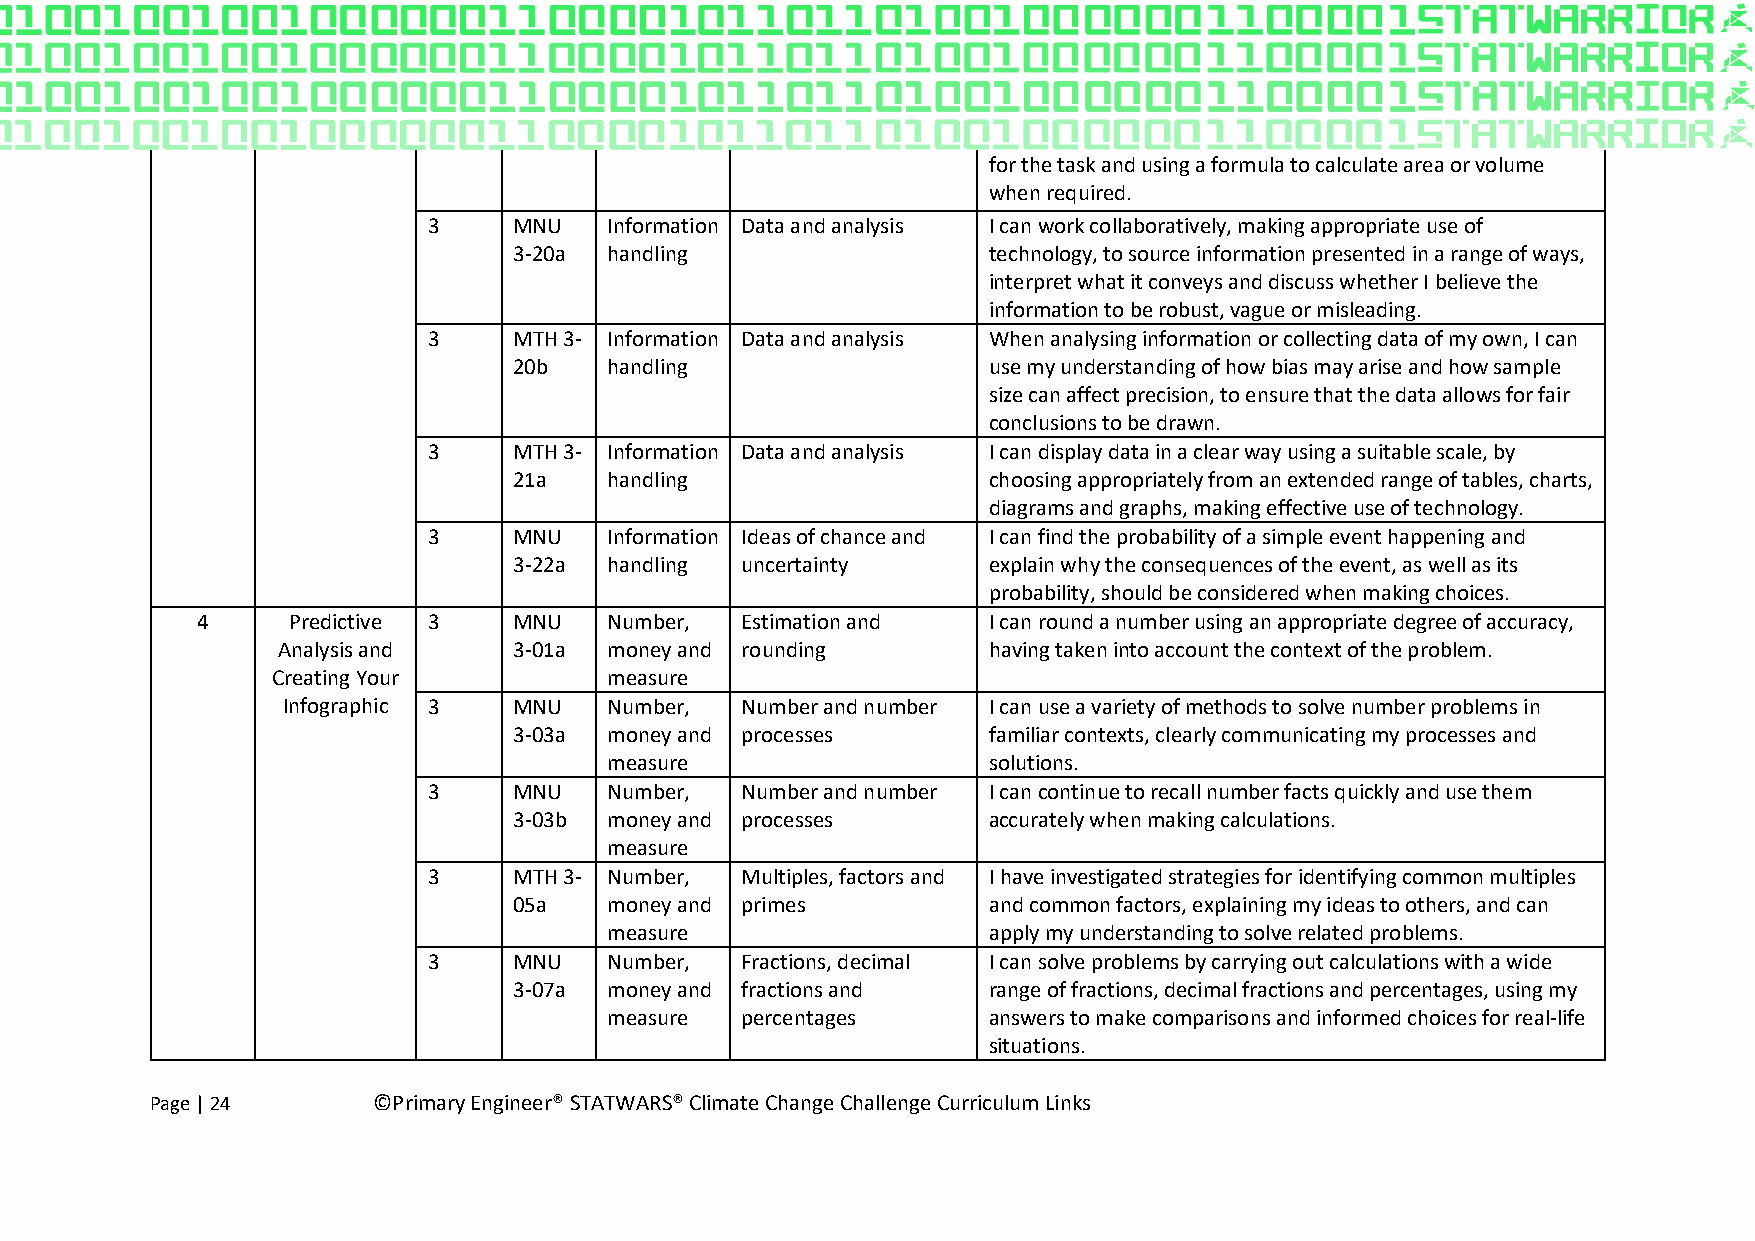
for the task and using a formula to calculate area or volume
 when required.
 3     MNU   Information Data and analysis I can work collaboratively, making appropriate use of
 3-20a handling                 technology, to source information presented in a range of ways,
 interpret what it conveys and discuss whether I believe the
 information to be robust, vague or misleading.
 3     MTH 3- Information Data and analysis When analysing information or collecting data of my own, I can
 20b   handling                 use my understanding of how bias may arise and how sample
 size can affect precision, to ensure that the data allows for fair
 conclusions to be drawn.
 3     MTH 3- Information Data and analysis I can display data in a clear way using a suitable scale, by
 21a   handling                 choosing appropriately from an extended range of tables, charts,
 diagrams and graphs, making effective use of technology.
 3     MNU   Information Ideas of chance and I can find the probability of a simple event happening and
 3-22a handling uncertainty     explain why the consequences of the event, as well as its
 probability, should be considered when making choices.
 4     Predictive 3   MNU   Number,  Estimation and  I can round a number using an appropriate degree of accuracy,
 Analysis and    3-01a money and rounding       having taken into account the context of the problem.
 Creating Your         measure
 Infographic 3  MNU   Number,  Number and number I can use a variety of methods to solve number problems in
 3-03a money and processes      familiar contexts, clearly communicating my processes and
 measure                  solutions.
 3     MNU   Number,  Number and number I can continue to recall number facts quickly and use them
 3-03b money and processes      accurately when making calculations.
 measure
 3     MTH 3- Number, Multiples, factors and I have investigated strategies for identifying common multiples
 05a   money and primes         and common factors, explaining my ideas to others, and can
 measure                  apply my understanding to solve related problems.
 3     MNU   Number,  Fractions, decimal I can solve problems by carrying out calculations with a wide
 3-07a money and fractions and  range of fractions, decimal fractions and percentages, using my
 measure  percentages     answers to make comparisons and informed choices for real-life
 situations.
 Page | 24      ©Primary Engineer® STATWARS® Climate Change Challenge Curriculum Links